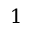
1